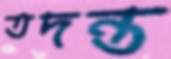
তদন্ত